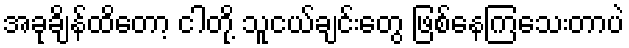
အခုချိန်ထိတော့ ငါတို့ သူငယ်ချင်းတွေ ဖြစ်နေကြသေးတာပဲ